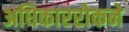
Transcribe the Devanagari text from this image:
अधिकाररोकने